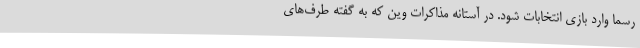
رسما وارد بازی انتخابات شود. در آستانه مذاکرات وین که به گفته طرف‌های